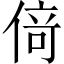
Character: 𠋣